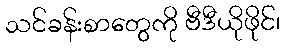
သင်ခန်းစာတွေကို ဗီဒီယိုဖိုင်၊